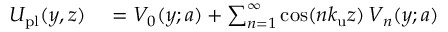
\begin{array} { r l } { { \cal U } _ { \mathrm { p l } } ( y , z ) } & { { } = V _ { 0 } ( y ; a ) + \sum _ { n = 1 } ^ { \infty } \cos ( n { k _ { \mathrm { u } } } z ) \, V _ { n } ( y ; a ) } \end{array}